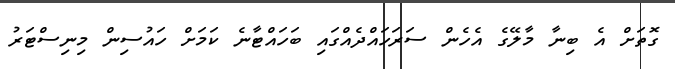
ގޮތަށް އެ ބިނާ މާލޭގެ އެހެން ސަރަހައްދެއްގައި ބަހައްޓާނެ ކަމަށް ހައުސިން މިނިސްޓަރު